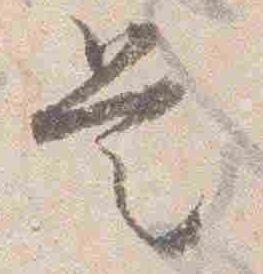
是